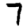
Digit: 7